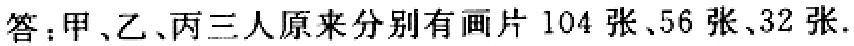
答：甲、乙、丙三人原来分别有画片 104 张、56 张、32 张.